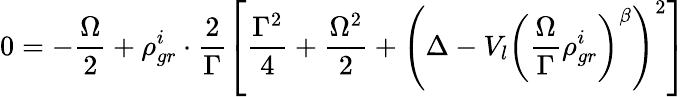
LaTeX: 0=-\frac{\Omega}{2}+\rho_{gr}^{i}\cdot\frac{2}{\Gamma}\left[\frac{\Gamma^{2}}{4}+\frac{\Omega^{2}}{2}+\left(\Delta-V_{l}\left(\frac{\Omega}{\Gamma}\rho_{gr}^{i}\right)^{\beta}\right)^{2}\right]